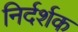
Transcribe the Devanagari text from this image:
निर्दर्शक